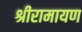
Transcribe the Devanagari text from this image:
श्रीरामायण